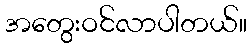
အတွေးဝင်လာပါတယ်။